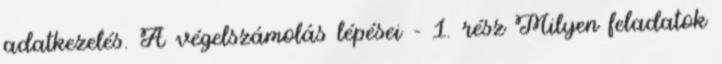
adatkezelés. A végelszámolás lépései – 1. rész Milyen feladatok